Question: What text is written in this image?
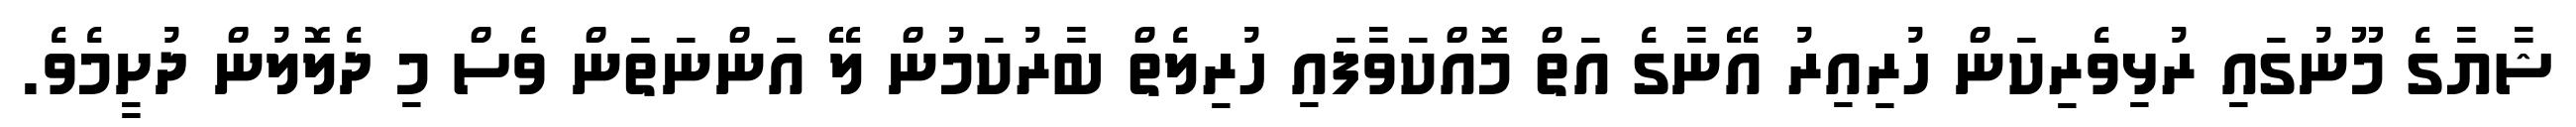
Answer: ޝާޔާގެ މޫނުގައި ރުޅިވެރިކަން ހުރިއިރު އޭނާގެ އަތް މޮއްކަވާފައި ހުރިލެތް ބާރުކަމުން ލޭ އަންނަތަން ވެސް މި ދެލޮލުން ދުށީމެވެ.